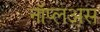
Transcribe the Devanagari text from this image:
नॉप्लअस